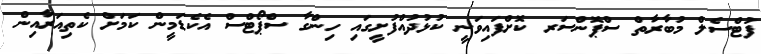
ފުޓްސެލް މުބާރާތް ސްޕޮންސަރ ކޮށްފައިވަނީ ކުޅުދުއްފުށީގައި ހިންގާ ސްޕޯޓްސް އެކެޑަމީން ކަމަށް ކެތިއަރާއިން